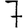
Digit: 7